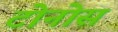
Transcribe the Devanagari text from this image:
टोनोस